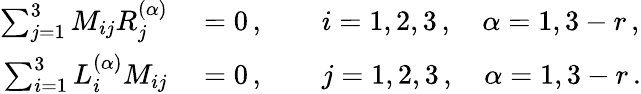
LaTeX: \begin{array}{rl}{\sum_{j=1}^{3}M_{ij}R_{j}^{(\alpha)}}&{{}=0\, ,\qquad i=1,2,3\, ,\quad\alpha=1,3-r\, ,}\\ {\sum_{i=1}^{3}L_{i}^{(\alpha)}M_{ij}}&{{}=0\, ,\qquad j=1,2,3\, ,\quad\alpha=1,3-r\, .}\end{array}